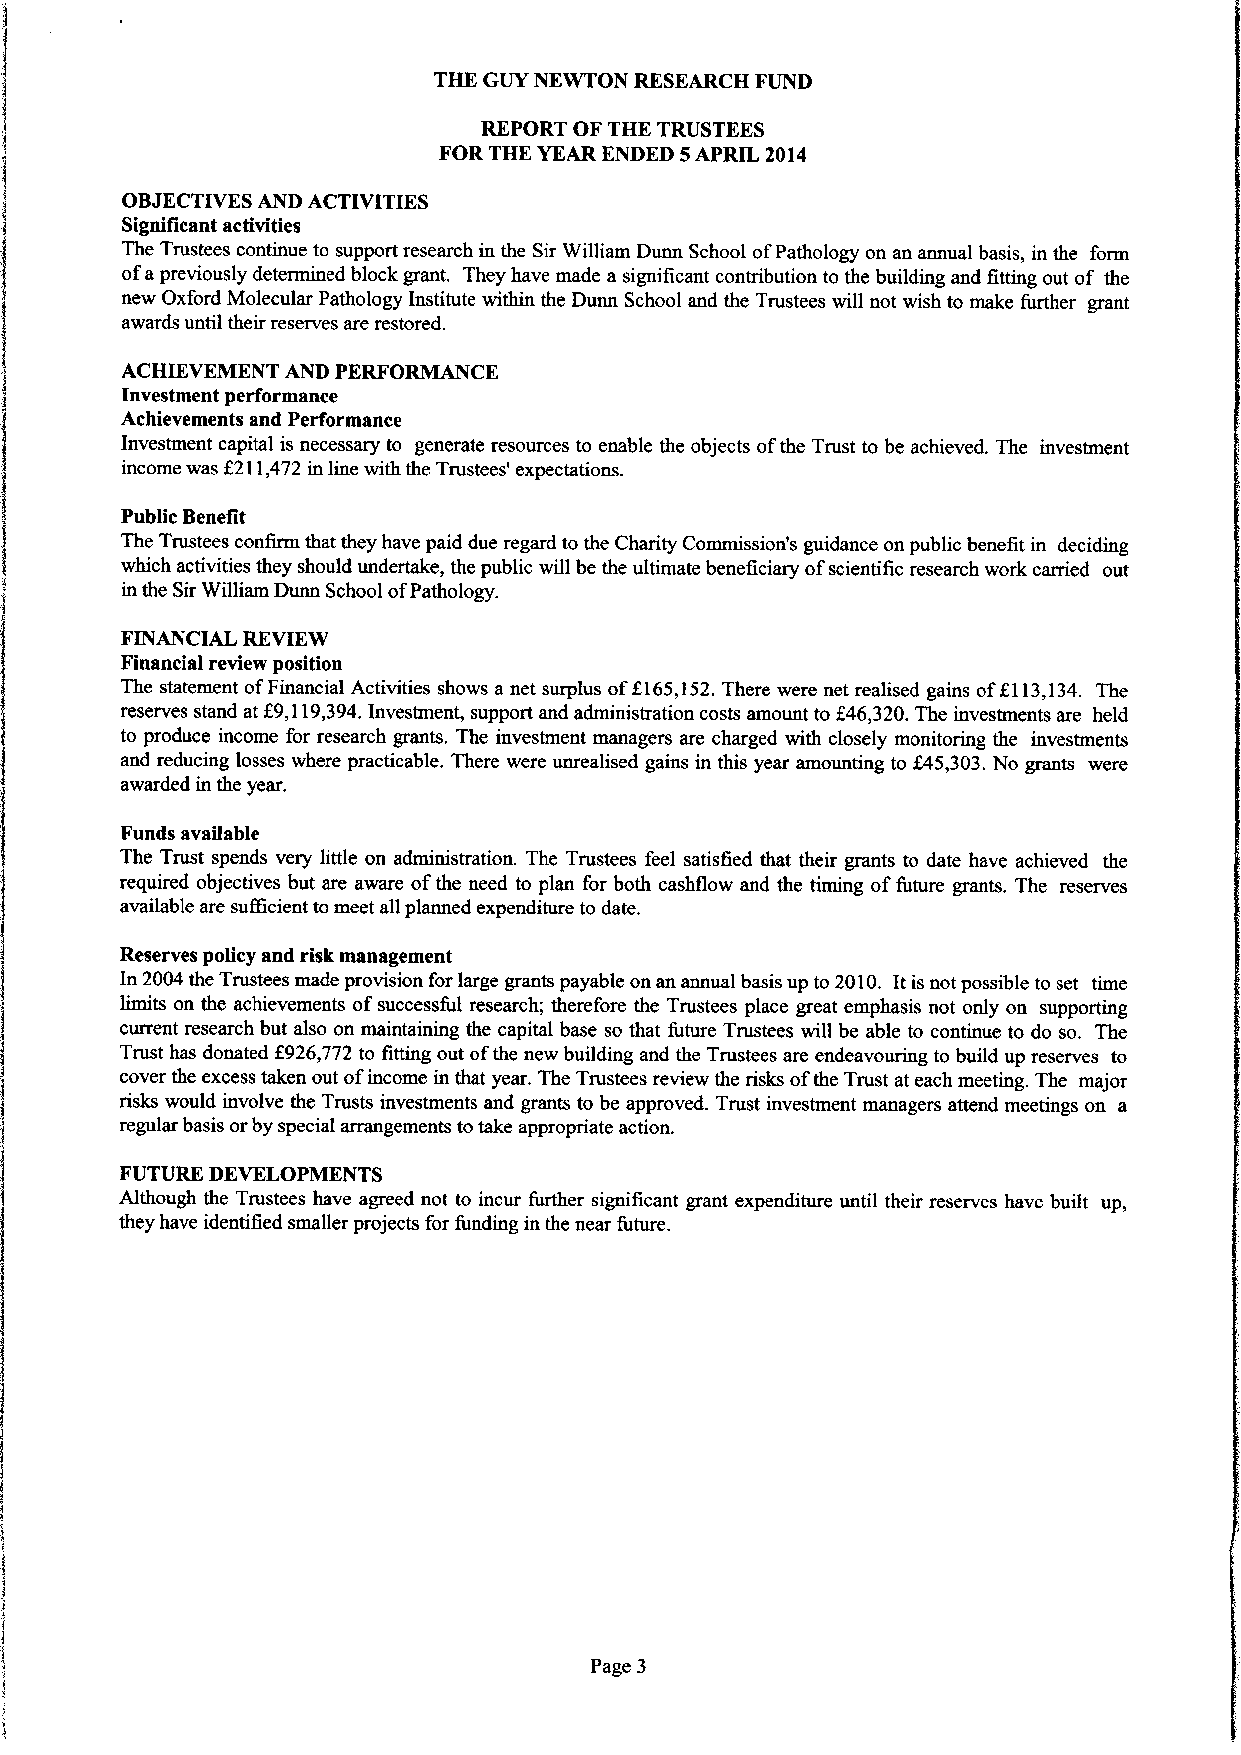
THE GUY NEWTON RESEARCH FUND
 REPORT OF THE TRUSTEES
 FOR THE YEAR ENDED 5APRIL 2014
 OBJECTIVESAND ACTIVITIES
 Significant activities
 The Trustees continue to support research in the Sir William Dunn School ofPathology on an annual basis, in the form
 ofapreviously determined block grant. They have made a significant contribution to the building and fitting out of the
 new Oxford Molecular Pathology Institute within the Dunn School and the Trustees will not wish to make further grant
 awards until their reserves are restored.
 ACHIEVEMENT AND PERFORMANCE
 Investment performance
 Achievements and Performance
 Investment capital is necessary to generate resources to enable the objects ofthe Trust to be achieved. The investment
 income was f211,472 in line with the Trustees' expectations.
 Public Benefit
 The Trustees confirm that they have paid due regard to the Charity Commission's guidance on public benefit in deciding
 which activities they should undertake, the public will be the ultimate beneficiary ofscientific research work carried out
 in the SirWilliam Dunn School ofPathology.
 FINANCIAL REVIEW
 Financial review position
 The statement ofFinancial Activities shows a net surplus off,165,152.There were net realised gains off113,134. The
 reserves stand at f9,119,394.Investment, support and administration costs amount to 246,320.The investments are held
 to produce income for research grants. The investment managers are charged with closely monitoring the investments
 and reducing losses where practicable. There were unrealised gains in this year amounting to f45,303.No grants were
 awarded in the year.
 Funds available
 The Trust spends very little on administration. The Trustees feel satisfied that their grants to date have achieved the
 required objectives but are aware ofthe need to plan for both cashflow and the timing offuture grants. The reserves
 available are sufficient to meet all planned expenditure to date.
 Reserves policy and risk management
 In 2004 the Trustees made provision for large grants payable on an annual basis up to 2010. It is not possible to set time
 limits on the achievements ofsuccessful research; therefore the Trustees place great emphasis not only on supporting
 current research but also on maintaining the capital base so that future Trustees will be able to continue to do so. The
 Trust has donated f926,772 to fitting out ofthe new building and the Trustees are endeavouring to build up reserves to
 cover the excess taken out ofincome in that year. The Trustees review the risks ofthe Trust at each meeting. The major
 risks would involve the Trusts investments and grants to be approved. Trust investment managers attend meetings on a
 regular basis orby special arrangements totake appropriate action.
 FUTURE DEVELOPMENTS
 Although the Trustees have agreed not to incur further significant grant expenditure until their reserves have built up,
 they have identified smaller projects for funding in the near future.
 Page 3